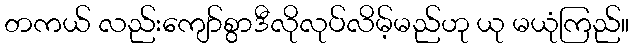
တကယ် လည်းကျော်စွာဒီလိုလုပ်လိမ့်မည်ဟု ယု မယုံကြည်။